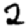
Digit: 2